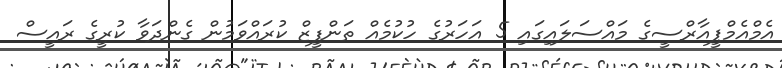
އެމްއެމްޕީއާރްސީގެ މައްސަލައިގައި 5 އަހަރުގެ ހުކުމެއް ތަންފީޒް ކުރައްވަމުން ގެންދަވާ ކުރީގެ ރައީސް